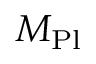
M _ { \mathrm { P l } }